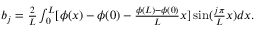
\begin{array} { r } { b _ { j } = \frac { 2 } { L } \int _ { 0 } ^ { L } [ \phi ( x ) - \phi ( 0 ) - \frac { \phi ( L ) - \phi ( 0 ) } { L } x ] \sin ( \frac { j \pi } { L } x ) d x . } \end{array}